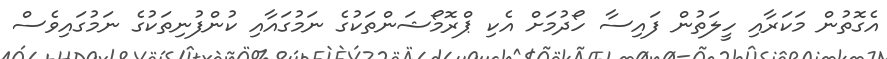
އެގޮތުން މަކަރާއި ހީލަތުން ފައިސާ ހޯދުމަށް އެކި ޕްރޮމޯޝަންތަކުގެ ނަމުގައާއި ކުންފުނިތަކުގެ ނަމުގައިވެސް